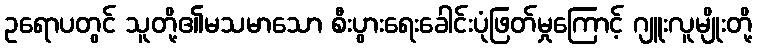
ဥရောပတွင် သူတို့၏မသမာသော စီးပွားရေးခေါင်းပုံဖြတ်မှုကြောင့် ဂျူးလူမျိုးတို့